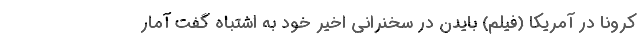
کرونا در آمریکا (فیلم) بایدن در سخنرانی اخیر خود به اشتباه گفت آمار